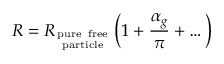
R = R _ { \mathrm { p u r e \ f r e e \atop p a r t i c l e } } \left( 1 + { \frac { \alpha _ { g } } { \pi } } + \dots \right)